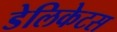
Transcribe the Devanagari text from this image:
डेलिकेटस